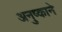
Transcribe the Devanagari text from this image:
अनुष्काने